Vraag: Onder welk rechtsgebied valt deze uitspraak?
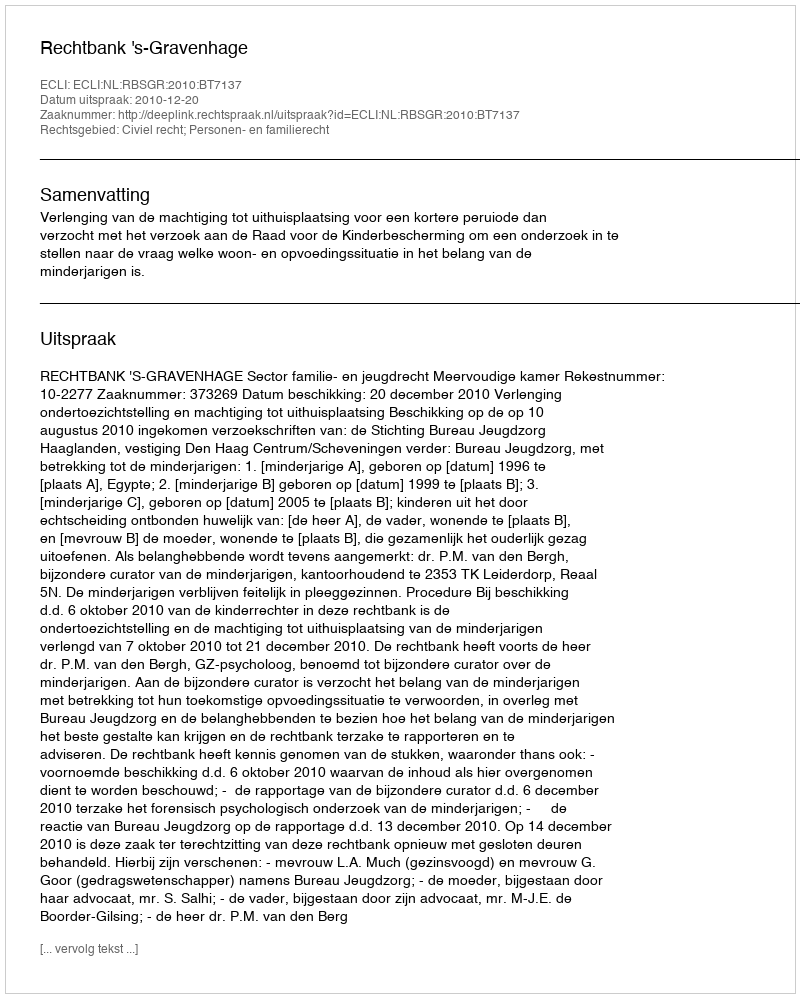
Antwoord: Civiel recht; Personen- en familierecht